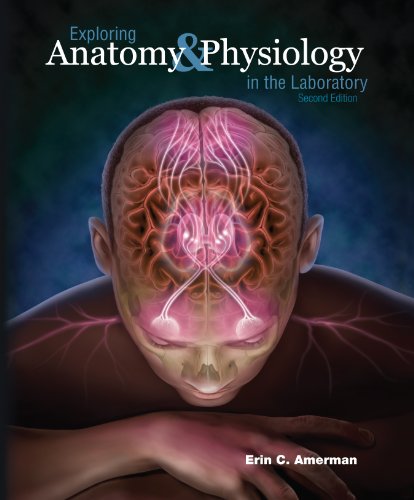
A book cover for Exploring Anatomy & Physiology in the Laboratory; Erin C. Amerman; Medical Books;